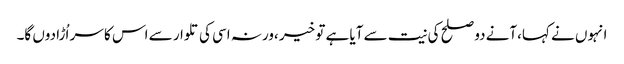
انہوں نے کہا،آنے دو صلح کی نیت سے آیا ہے تو خیر ،ورنہ اسی کی تلوار سے اس کا سر اُڑا دوں گا۔